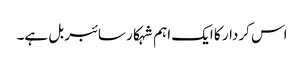
اس کردار کا ایک اہم شہکار سائبر بل ہے۔